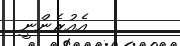
އެއުރެންނީ